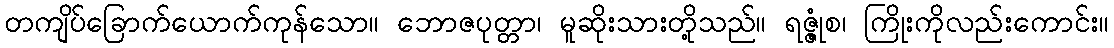
တကျိပ်ခြောက်ယောက်ကုန်သော။ ဘောဇပုတ္တာ၊ မူဆိုးသားတို့သည်။ ရဇ္ဇုံစ၊ ကြိုးကိုလည်းကောင်း။